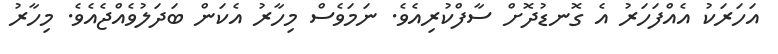
އަހަރަކު އެއްފަހަރު އެ ގޮނޑުދޮށް ސާފްކުރިއެވެ. ނަމަވެސް މިހާރު އެކަން ބަދަލުވެއްޖެއެވެ. މިހާރު